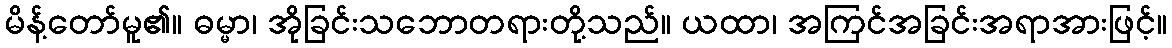
မိန့်တော်မူ၏။ ဓမ္မာ၊ အိုခြင်းသဘောတရားတို့သည်။ ယထာ၊ အကြင်အခြင်းအရာအားဖြင့်။